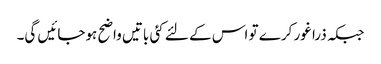
جبکہ ذرا غور کرے تو اس کے لئے کئی باتیں واضح ہوجائیں گی۔